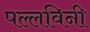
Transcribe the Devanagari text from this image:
पल्लविनी